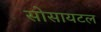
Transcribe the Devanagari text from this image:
सोसायटल